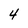
Character: 4